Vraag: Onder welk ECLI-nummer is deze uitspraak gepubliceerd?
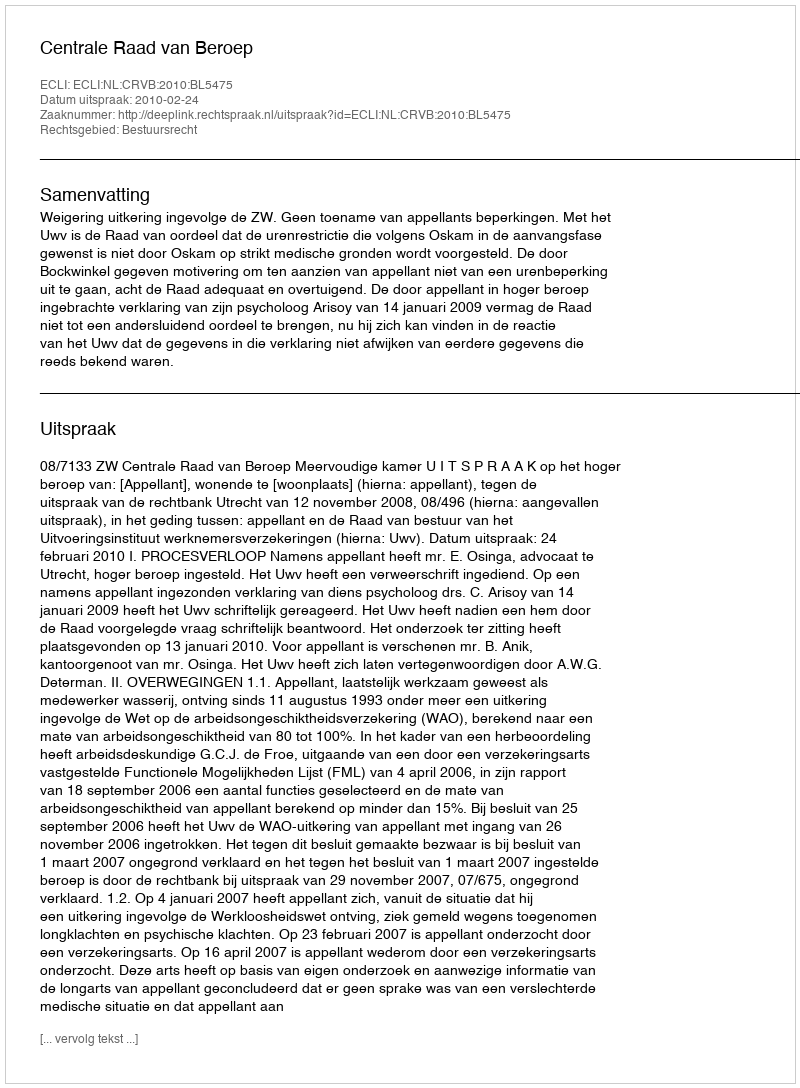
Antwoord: ECLI:NL:CRVB:2010:BL5475